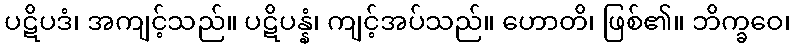
ပဋိပဒံ၊ အကျင့်သည်။ ပဋိပန္နံ၊ ကျင့်အပ်သည်။ ဟောတိ၊ ဖြစ်၏။ ဘိက္ခဝေ၊